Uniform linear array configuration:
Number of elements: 8
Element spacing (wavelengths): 0.75
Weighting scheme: exponential
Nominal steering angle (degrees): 45
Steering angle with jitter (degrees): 46.94
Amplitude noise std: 0.05
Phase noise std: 0.05

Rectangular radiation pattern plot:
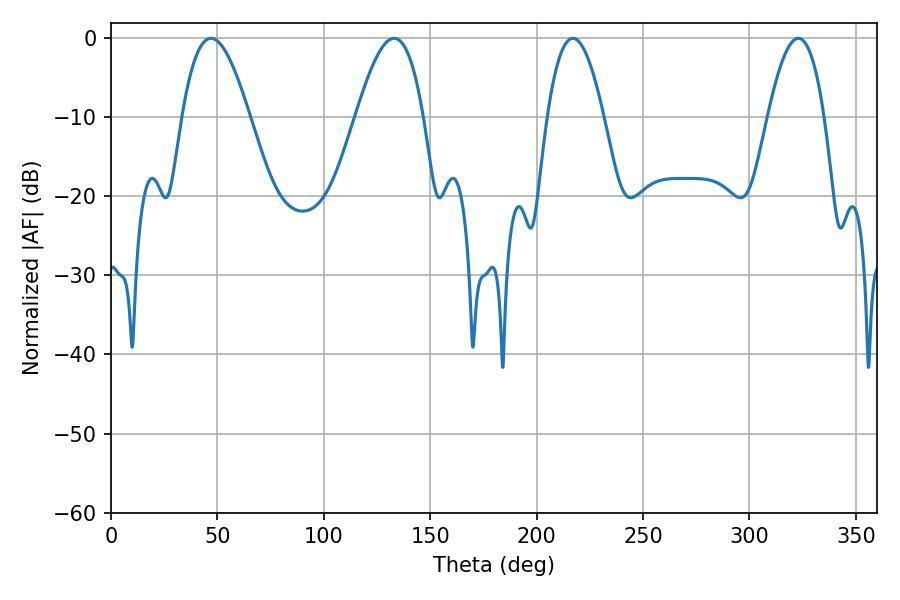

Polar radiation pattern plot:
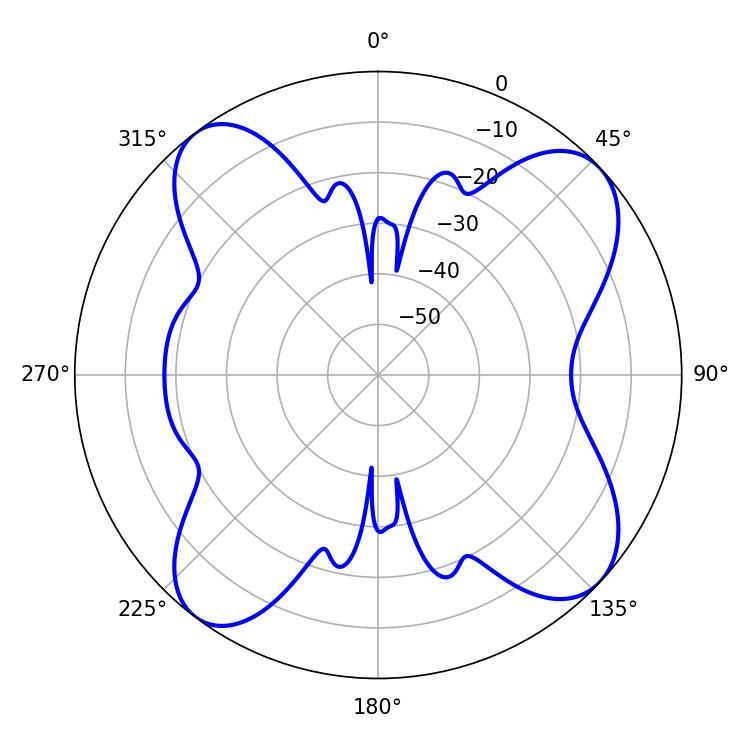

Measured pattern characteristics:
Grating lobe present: TRUE
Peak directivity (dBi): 11.43
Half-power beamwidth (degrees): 17.28
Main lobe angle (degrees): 46.98